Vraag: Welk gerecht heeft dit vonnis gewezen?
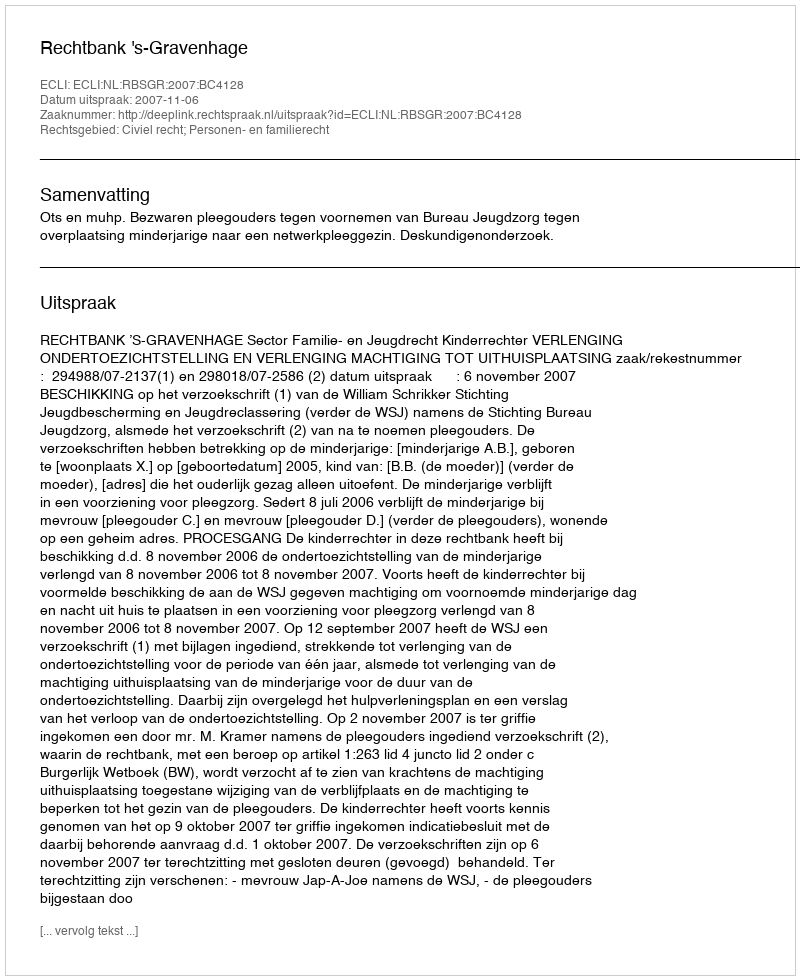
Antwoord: Rechtbank 's-Gravenhage